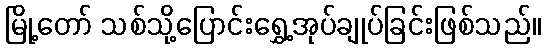
မြို့တော် သစ်သို့ပြောင်းရွှေ့အုပ်ချုပ်ခြင်းဖြစ်သည်။